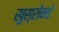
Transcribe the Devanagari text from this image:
खुस्रोंकडे